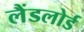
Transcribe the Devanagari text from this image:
लैंडलोर्ड